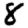
Digit: 8